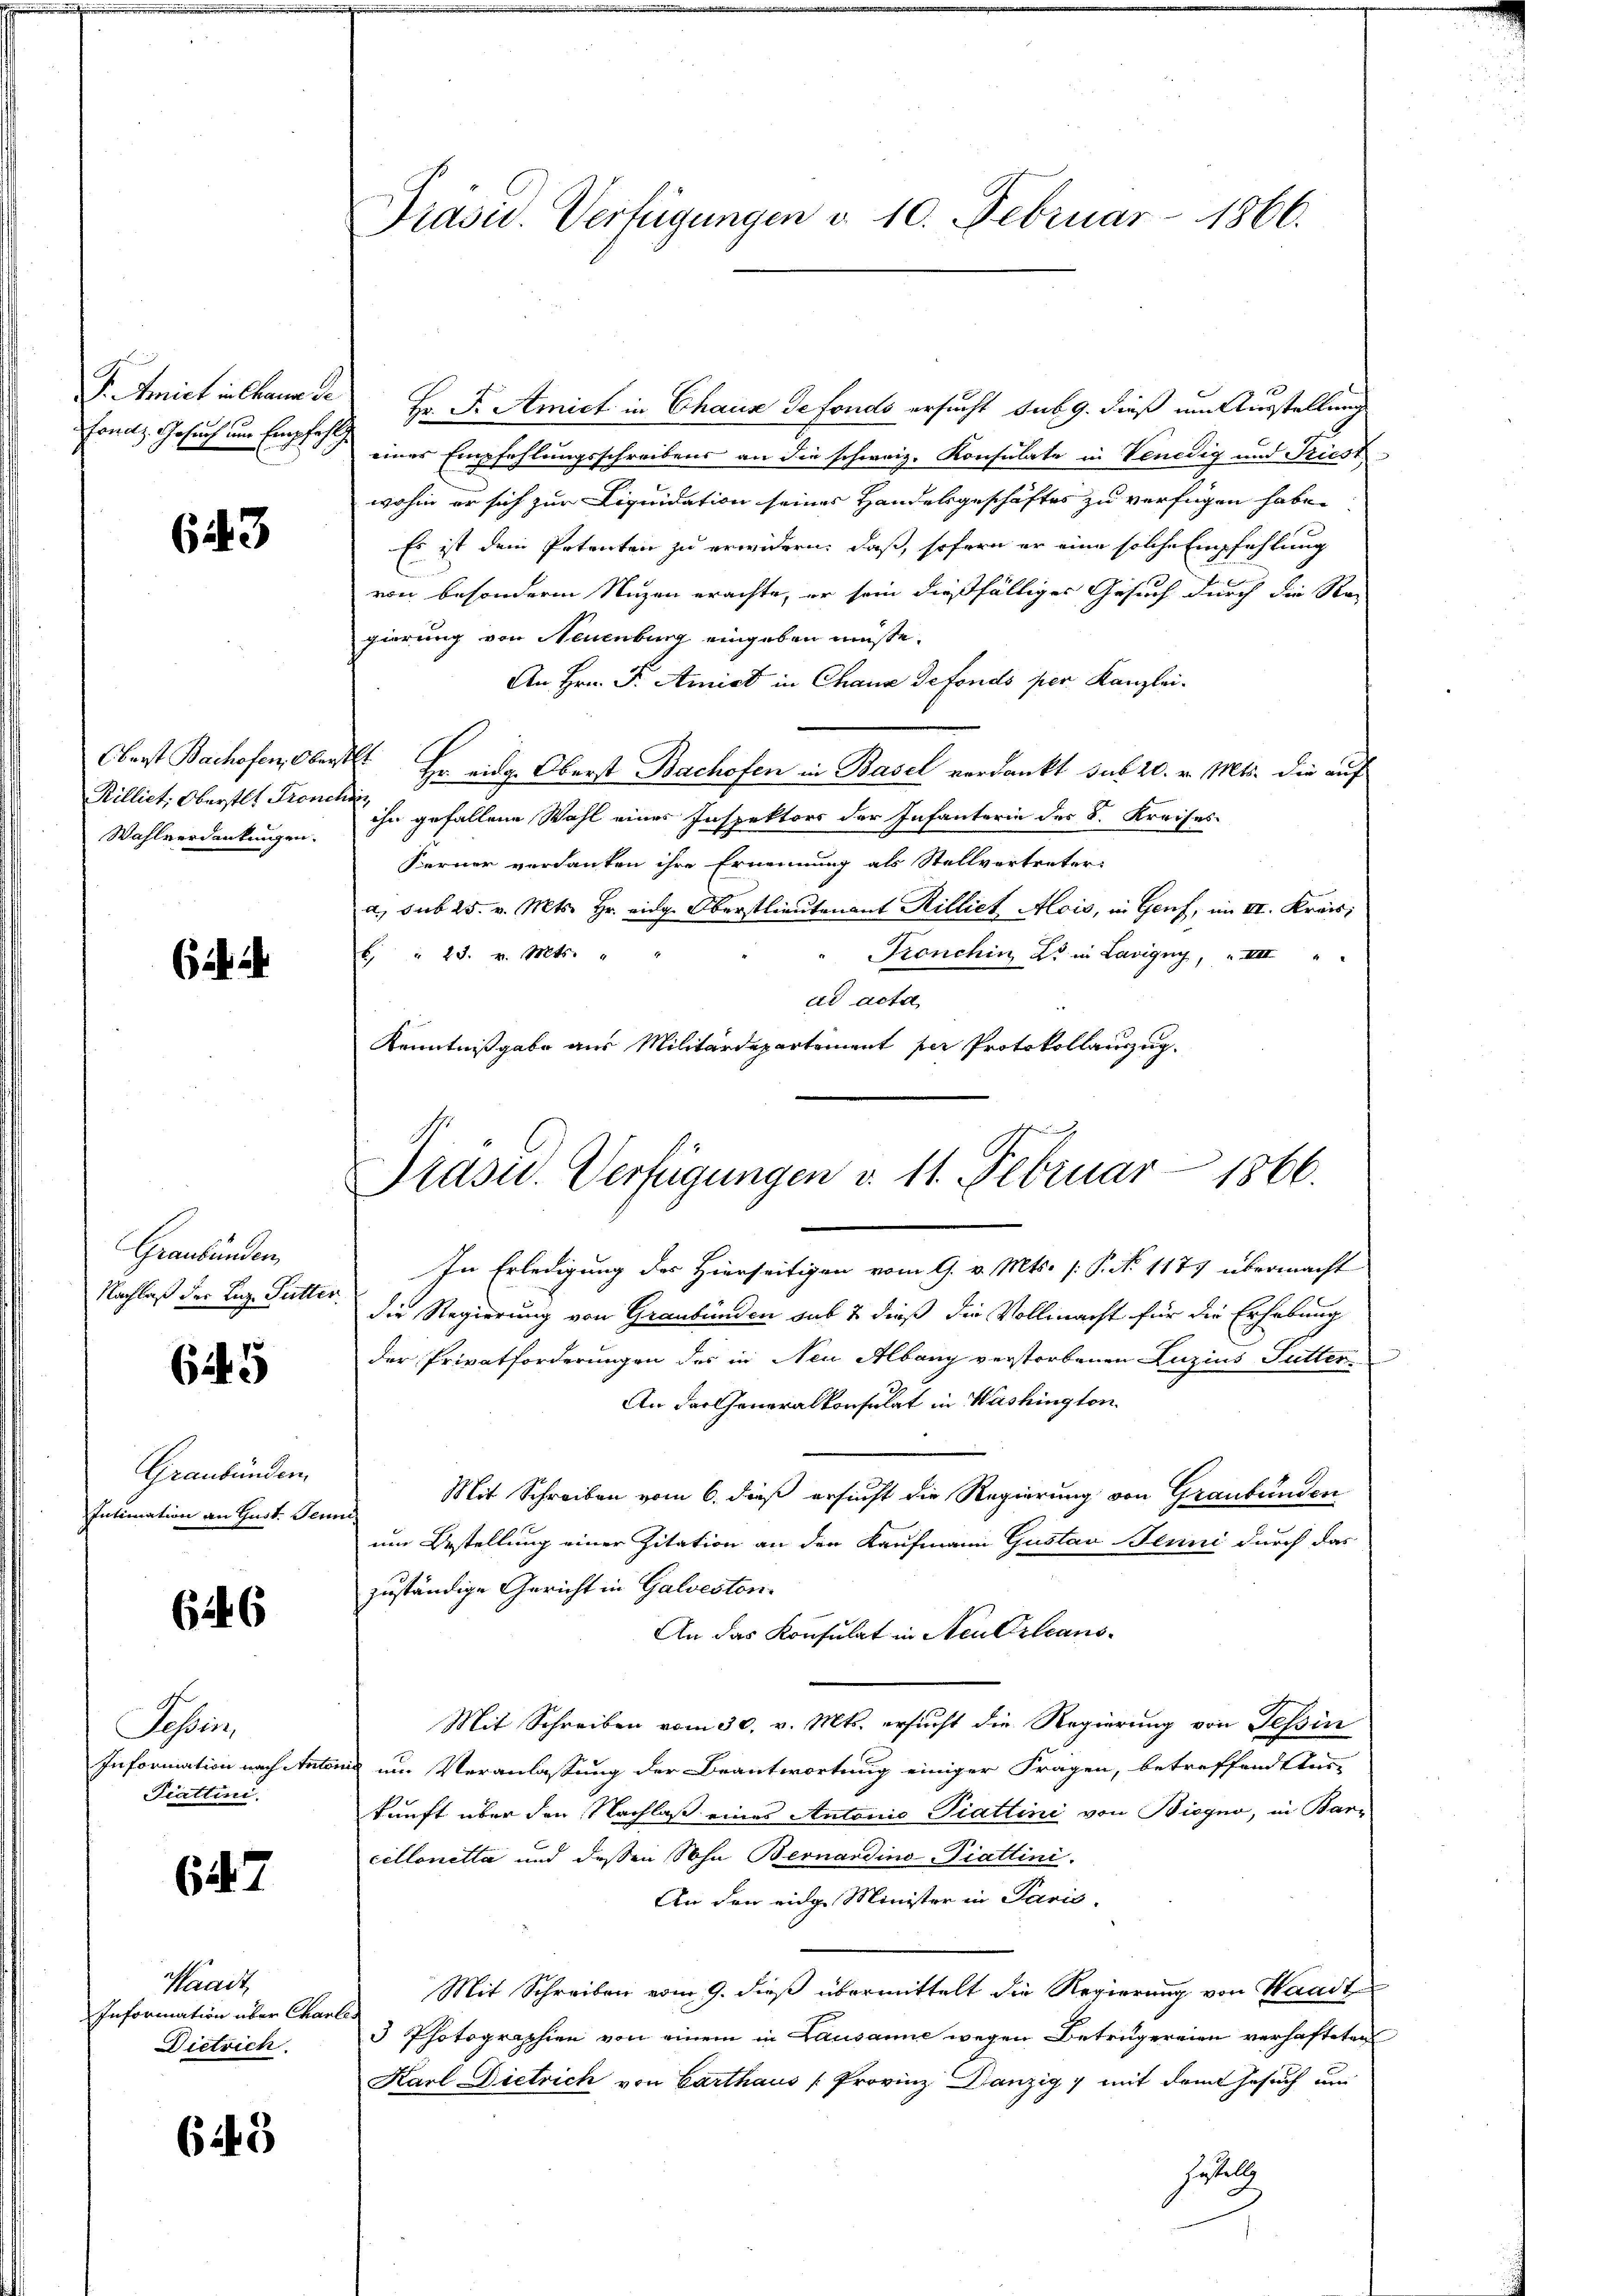
F. Amiet in kann de
onaz, Gesuch um Empfahr

643

Oberst Bachofen, Ober
Rilliet: Oberstet Frone
Wahlverdankungen.

6

Graubünden,
Nachlaß der Leg. Putter.

645

Graubünden
Intimation an Gust Sein

646

Sostris
Information nach Anto
Prattini.

647

Waadt,
Information über Charl
Dietrich.

643

Präsid. Verfügungen d. 10. Februar 1866.

Präsid. Verfügungen v. 11. Februar 1866.

Hr. F. Amict in Chaux de fonds ersucht sub 9. dieß um Ausstellung
eines Empfehlungsschreibens an die schweiz. Konsulate in Venedig und Triest
wohin er sich zur Liquidation seines Handesgeschäftes zu verfügen habe.
Es ist dem Petenten zu erwidern, daß, sofern er eine solche Empfehlung
von besonderen Nuzen erachte, er sein dießfälliger Gesuch durch die Regierung von Neuenburg eingeben müsse.
An Hrn. F. Amiet in Chana Gefonds per Kanzlei.
ht.
Hr. eidg. Oberst Bachofen in Basel verdankt sub 20. v. Mts. die auf
iihn gefallene Wahl eines Inspektors der Infanterie des 8. Kreises
Ferner verdanken ihre Ernennung als Stellvortreter
a, sub 25. v. Mts. Hr. eidg. Oberstlieutenant Rilliet Alois, in Genf, im II. Kreis;
Tronchin L. in Lavigny, VIII
6 " 23. v. Mts.
dd acta
Kenntnißgabe aus Militärdepartement per Protokollauszug.

In Erledigung des Hierseitigen vom 9. v. Mts. [ P. N. 1177 übermacht
die Regierung von Graubünden sub 2 dieß die Vollmacht für die Erhebung
der Privatforderungen des in Neu Albang verstorbenen Luzius Futter¬
An der Generalkonsulat in Washington
Mit Schreiben vom 6. dieß ersucht die Regierung von Graubünden
um Bestellung einer Zitation an den Kaufmann Gustav Jenni durch das
zuständige Gericht in Galveston.
An das Konsulat in Neu Orleans¬
Mit Schreiben vom 30. v. Mts. ersucht die Regierung von Tessin
un um Veranlassung der Beantwortung einiger Fragen, betreffende Aus-
kunft über den Nachlaß eines Antonio Piattini von Biegno, in Barcillonetta und dessen Sohn Bernardino-Piattini.
An den eidge Minister in Parić,
Mit Schreiben vom 9. dieß übermittelt die Regierung von Waadt
8
3 Photographien von einem in Lausanne wegen Betrugereien verhafteten
Karl Dietrich von Carthaus (Provinz Danzig mit dem Gesuch um
Gestell